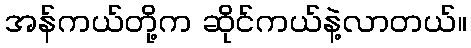
အန်ကယ်တို့က ဆိုင်ကယ်နဲ့လာတယ်။